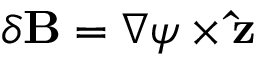
\delta \mathbf { B } = \nabla \psi \times \mathbf { \hat { z } }